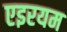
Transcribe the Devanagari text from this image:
एइरयम